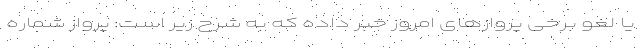
یا لغو برخی پروازهای امروز خبر داده که به شرح زیر است: پرواز شماره